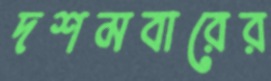
দশমবারের